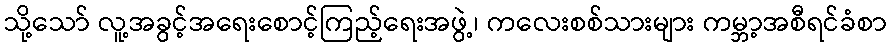
သို့သော် လူ့အခွင့်အရေးစောင့်ကြည့်ရေးအဖွဲ့၊ ကလေးစစ်သားများ ကမ္ဘာ့အစီရင်ခံစာ